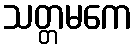
သတ္တမကေ